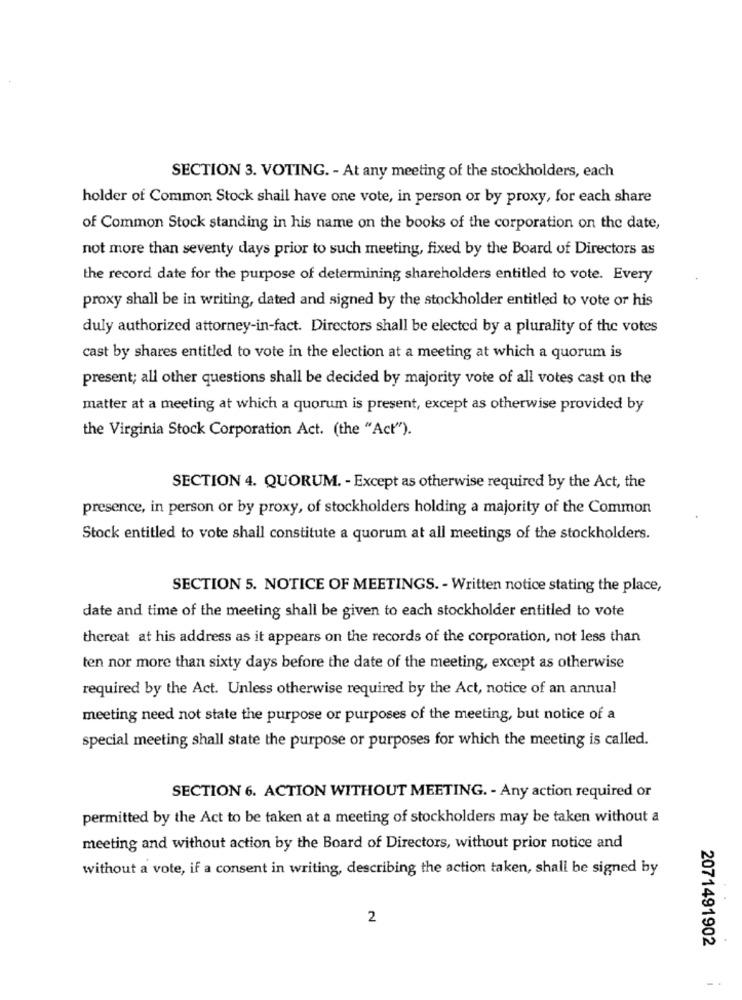
SECTION 3. VOTING. - At any meeting of the stockholders, each
holder of Common Stock shall have one vote, in person or by proxy, for each share
of Common Stock standing in his name on the books of the corporation on the date,
not more than seventy days prior to such meeting, fixed by the Board of Directors as
the record date for the purpose of determining shareholders entitled to vote. Every
proxy shall be in writing, dated and signed by the stockholder entitled to vote or his
duly authorized attorney-in-fact. Directors shall be elected by a plurality of the votes
cast by shares entitled to vote in the election at a meeting at which a quorum is
present; all other questions shall be decided by majority vote of all votes cast on the
matter at a meeting at which a quorum is present, except as otherwise provided by
the Virginia Stock Corporation Act. (the "Act").
SECTION 4. QUORUM. - Except as otherwise required by the Act, the
presence, in person or by proxy, of stockholders holding a majority of the Common
Stock entitled to vote shall constitute a quorum at all meetings of the stockholders.
SECTION 5. NOTICE OF MEETINGS. - Written notice stating the place,
date and time of the meeting shall be given to each stockholder entitled to vote
thereat at his address as it appears on the records of the corporation, not less than
ten nor more than sixty days before the date of the meeting, except as otherwise
required by the Act. Unless otherwise required by the Act, notice of an annual
meeting need not state the purpose or purposes of the meeting, but notice of a
special meeting shall state the purpose or purposes for which the meeting is called.
SECTION 6. ACTION WITHOUT MEETING. - Any action required or
permitted by the Act to be taken at a meeting of stockholders may be taken without a
meeting and without action by the Board of Directors, without prior notice and
without a vote, if a consent in writing, describing the action taken, shall be signed by
2
2071491902